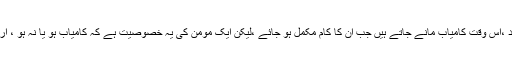
دیکھئے دنیا کی ساری قوموں کے افراد ،اس وقت کامیاب مانے جاتے ہیں جب ان کا کام مکمل ہو جائے ،لیکن ایک مومن کی یہ خصوصیت ہے کہ کامیاب ہو یا نہ ہو ، ارادہ کرنے پر ہی کامیاب لکھا جاتا ہے ۔